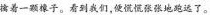
擒着一颗樟子。看到我们,便慌慌张张地跑远了。